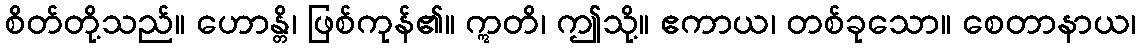
စိတ်တို့သည်။ ဟောန္တိ၊ ဖြစ်ကုန်၏။ ဣတိ၊ ဤသို့။ ဧကာယ၊ တစ်ခုသော။ စေတာနာယ၊